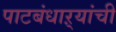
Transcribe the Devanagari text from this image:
पाटबंधाऱ्यांची